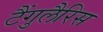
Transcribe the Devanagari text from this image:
टैंगुलैरिस